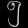
Digit: ၅